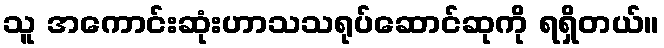
သူ အကောင်းဆုံးဟာသသရုပ်ဆောင်ဆုကို ရရှိတယ်။